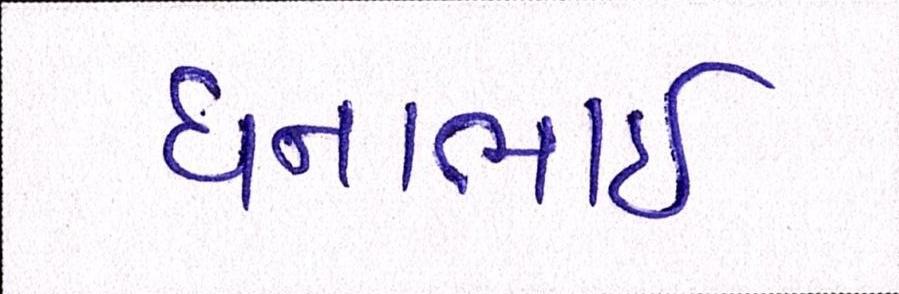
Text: ધનાભાઇ